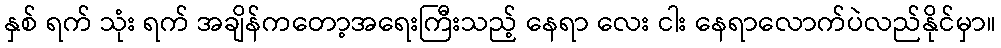
နှစ် ရက် သုံး ရက် အချိန်ကတော့အရေးကြီးသည့် နေရာ လေး ငါး နေရာလောက်ပဲလည်နိုင်မှာ။